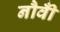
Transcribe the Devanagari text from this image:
नौवीँ